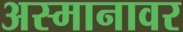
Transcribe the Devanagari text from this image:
अस्मानावर